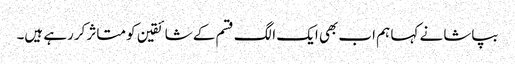
بپاشا نے کہا ہم اب بھی ایک الگ قسم کے شائقین کو متاثر کررہے ہیں۔